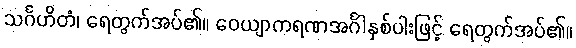
သင်္ဂဟိတံ၊ ရေတွက်အပ်၏။ ဝေယျာကရဏအင်္ဂါနှစ်ပါးဖြင့် ရေတွက်အပ်၏။